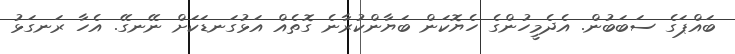
ބައްޕަގެ ސަބަބުން. އެދެމީހުންގެ ހެޔޮކަން ބަޔާންކުރާނެ ގޮތެއް އަޅުގަނޑަކަށް ނޭނގޭ. އެހާ ރަނގަޅު